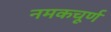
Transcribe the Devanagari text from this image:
नमकचूर्ण